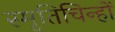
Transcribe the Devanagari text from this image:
स्मृतिचिन्हों